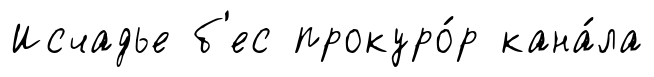
Исчадье б'ес прокуро́р кана́ла